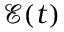
\mathcal { E } ( t )